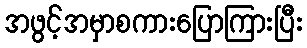
အဖွင့်အမှာစကားပြောကြားပြီး